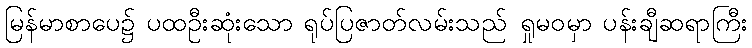
မြန်မာစာပေ၌ ပထဦးဆုံးသော ရုပ်ပြဇာတ်လမ်းသည် ရှုမဝမှာ ပန်းချီဆရာကြီး